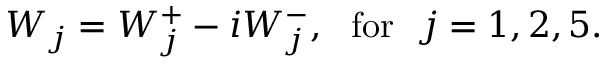
W _ { j } = W _ { j } ^ { + } - i W _ { j } ^ { - } , ~ ~ \mathrm { f o r } ~ ~ j = 1 , 2 , 5 .